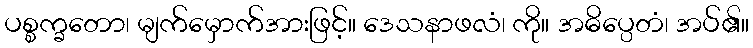
ပစ္စက္ခတော၊ မျက်မှောက်အားဖြင့်။ ဒေသနာဖလံ၊ ကို။ အဓိပ္ပေတံ၊ အပ်၏။